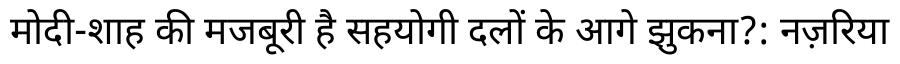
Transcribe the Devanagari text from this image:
मोदी-शाह की मजबूरी है सहयोगी दलों के आगे झुकना?: नज़रिया